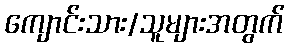
ကျောင်းသား/သူများအတွက်